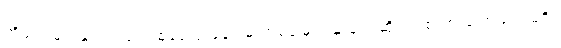
အိမ်ရှင်များနှင့်လည်းတစ်နေ့လုံးနေ၍မှ တစ်ခါမျက်နှာချင်းဆိုင်၍ စကားပြောသည်မရှိ။